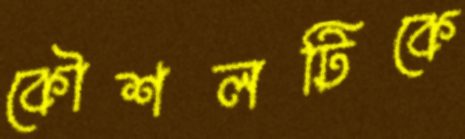
কৌশলটিকে